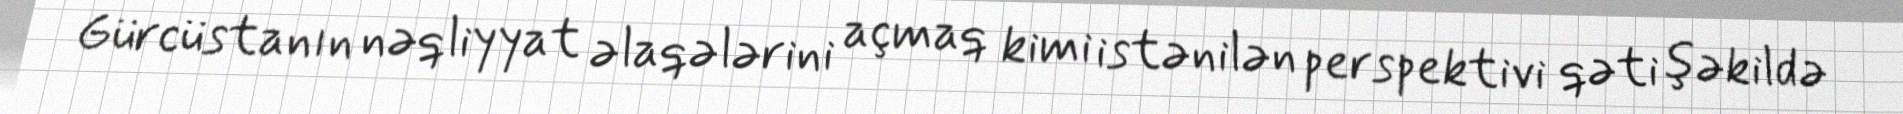
Gürcüstanın nəqliyyat əlaqələrini açmaq kimi istənilən perspektivi qəti şəkildə